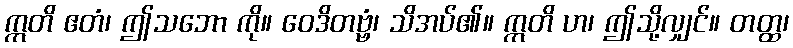
ဣတိ ဧတံ၊ ဤသဘော ကို။ ဝေဒိတဗ္ဗံ၊ သိအပ်၏။ ဣတိ ဟ၊ ဤသို့လျှင်။ တတ္ထ၊